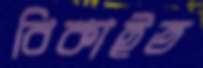
বিকাইত